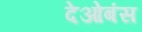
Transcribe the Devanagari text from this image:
देओबंस